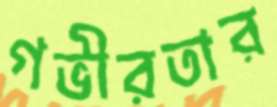
গভীরতার